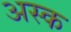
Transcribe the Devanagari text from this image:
अस्क